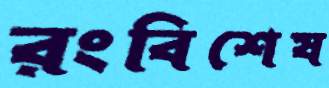
রংবিশেষ